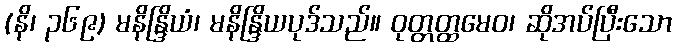
(နိ၊ ၃၆၉) မနိန္ဒြိယံ၊ မနိန္ဒြိယပုဒ်သည်။ ဝုတ္တတ္ထမေဝ၊ ဆိုအပ်ပြီးသော